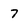
Character: 7